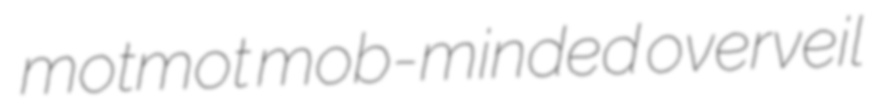
motmot mob-minded overveil